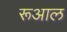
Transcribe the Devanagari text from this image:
रूआल